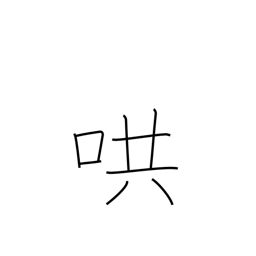
Meaning: reverberate